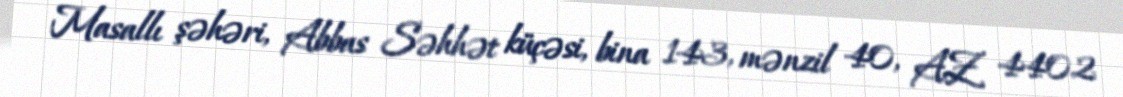
Masallı şəhəri, Abbas Səhhət küçəsi, bina 143, mənzil 40, AZ 4402